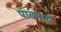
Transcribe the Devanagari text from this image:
पावनाय